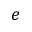
e